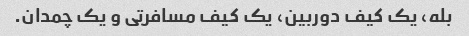
بله، یک کیف دوربین، یک کیف مسافرتی و یک چمدان.